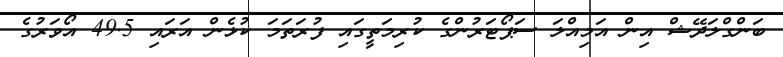
ބަންގްލަދޭޝް އިން އަމިއްލަ ސަޕޯޓަރުންގެ ކުރިމަތީގައި ފުރަތަމަ ކުޅެން އަރައި 49.5 އޯވަރުގެ